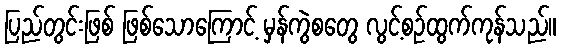
ပြည်တွင်းဖြစ် ဖြစ်သောကြောင့် မှန်ကွဲစတွေ လွင့်စဉ်ထွက်ကုန်သည်။